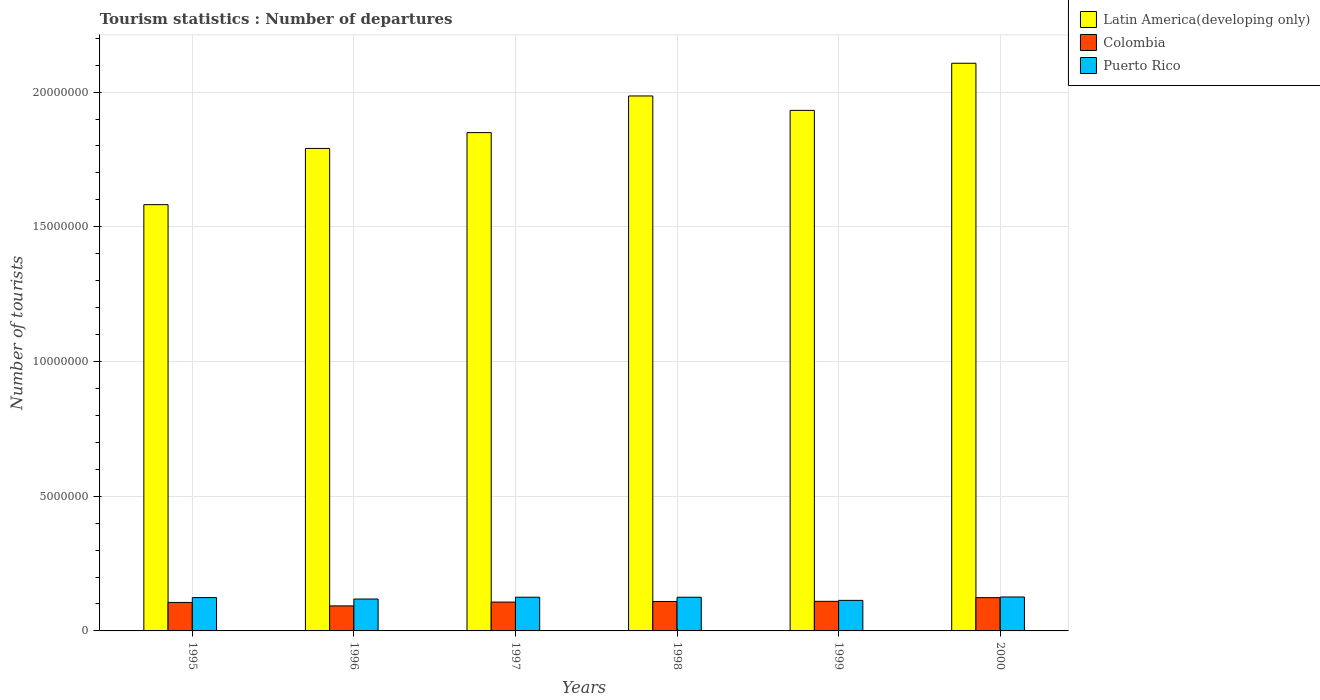
| Years | Latin America(developing only) | Colombia | Puerto Rico |
 | --- | --- | --- | --- |
 | 1995 | 1.58e+07 | 1.06e+06 | 1.24e+06 |
 | 1996 | 1.79e+07 | 9.29e+05 | 1.18e+06 |
 | 1997 | 1.85e+07 | 1.07e+06 | 1.25e+06 |
 | 1998 | 1.99e+07 | 1.09e+06 | 1.25e+06 |
 | 1999 | 1.93e+07 | 1.1e+06 | 1.13e+06 |
 | 2000 | 2.11e+07 | 1.24e+06 | 1.26e+06 |